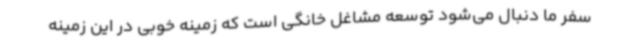
سفر ما دنبال می‌شود توسعه مشاغل خانگی است که زمینه خوبی در این زمینه